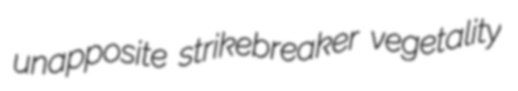
unapposite strikebreaker vegetality